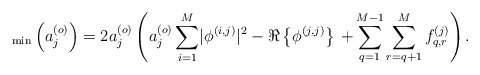
\begin{align*} _{\rm min}\left(a_j^{\left(o\right)}\right)=2 a_j^{\left(o\right)}\left(a_j^{\left(o\right)}\sum_{i=1}^{M} \lvert\phi^{\left(i,j\right)}\rvert^2-\Re\left\{\phi^{\left(j,j\right)}\right\}\right.\left.+\sum_{q=1}^{M-1}\sum_{r=q+1}^{M}f_{q,r}^{\left(j\right)}\right).\end{align*}